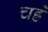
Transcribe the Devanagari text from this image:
चह्रे